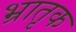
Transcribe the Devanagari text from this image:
भ्रातृक